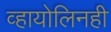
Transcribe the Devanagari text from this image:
व्हायोलिनही